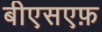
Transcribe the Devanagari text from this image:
बीएसएफ़